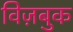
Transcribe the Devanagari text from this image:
विज़बुक